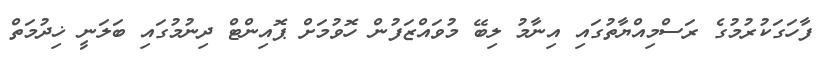
ފާހަގަކުރުމުގެ ރަސްމިއްޔާތުގައި އިނާމު ލިބޭ މުވައްޒަފުން ހޮވުމަށް ޕޮއިންޓް ދިނުމުގައި ބަލަނީ ޚިދުމަތް